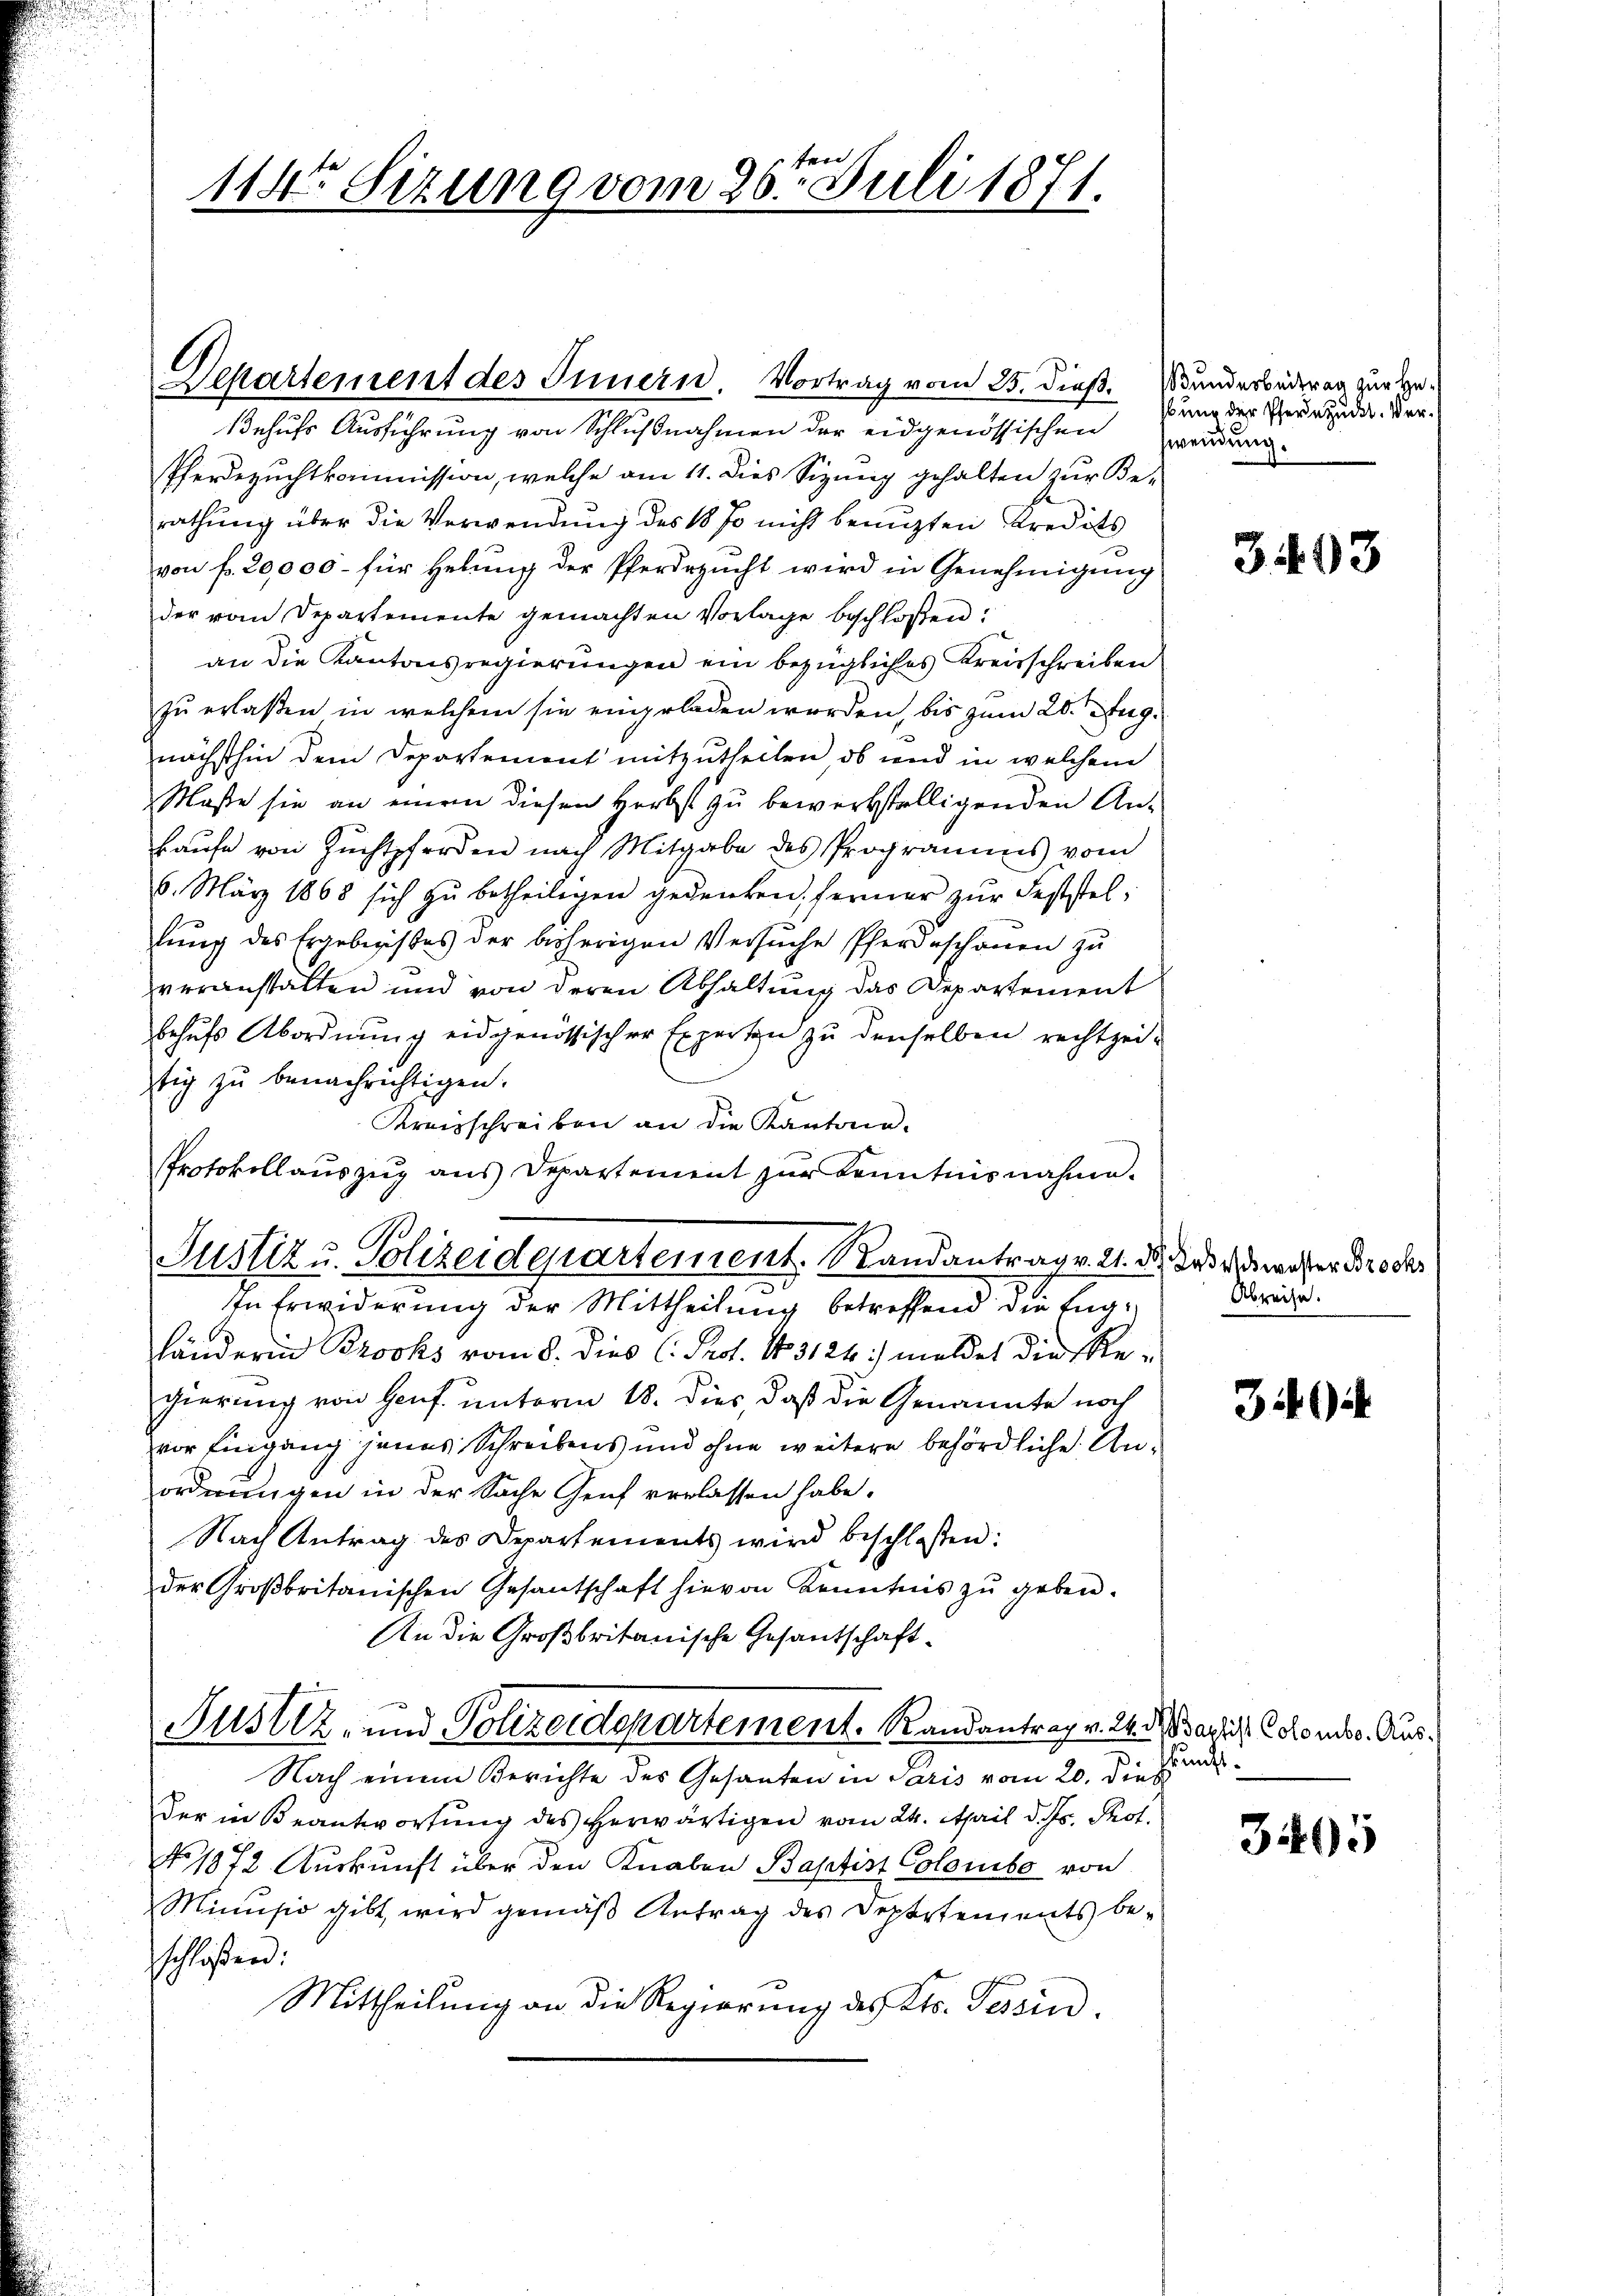
Behufs Ausführung von Schlußnahmen der eidgenössischen wären
Pferdezuchtkommission, welche am 11. dies Sizung gehalten zur Be-
2
rathung über die Verwendung des 18 so nicht benuzten Kredits
von fr. 20,000 - für Hebung der Pferdezucht wird in Genehmigung
der vom Departemente gemachten Vorlage beschlossen:
an die Kantonsregierungen ein bezügliches Kreisschreiben
zu erlaßen in welchem sie eingeladen worden, bis zum 20. Aug.
nächsthin dem Departement mitzutheilen, ob und in welchem
Maße sie an einem diesen Herbst zu bewerkstelligenden An-
kaŭfe von Zŭchtpferden nach Mitgabe des Programms vom
6. März 1868 sich zŭ betheiligen gedenken, ferner zŭr Feststellung des Ergebnisses der bisherigen Versuche Pferdeschönen zu
veranstalten und von deren Abhaltung das Departement
behufs Abordnung eidgenössischer Experten zu denselben rechtzeitig zu benachrichtigen.
Kreisschreiben an die Kantona¬
Protokollauszug aus Departement zŭr Kenntnisnahme.
Justiz u. Polizeidepartement. Randantrag v. 2. d. das verwieser Broder
In Erwiderung der Mittheilung betreffend die Engländerin Brocks vom 8. dies C. Prot. N. 3124:/ meldet die Regierung von Genf unterm 18. Dies, daß die Genannte noch
vor Eingang jenes Schreibens und ohne weitere behördliche Unordnungen in der Sache Genf verlassen habe.
Nach Antrag des Departements wird beschloßen:
der Großbritanischen Gesantschaft hievon Kenntnis zu geben.
An die Großbritanische Gesandschaft¬
Nustiz- und Polizeidepartement. Randantrag v. 24. d. Basis donats Aus¬
Nach einem Berichte des Gesanten in Paris vom 20. dieß
Der in Beantwortung des Herwärtigen vom 24. April d. Js. Prot.
No. 1872 Auskunft über den Knaben Baptist Colombe von
Minusio gibt, wird gemäß Antrag des Departements beschloßen:
Mittheilung an die Regierŭng des Kts. Tessin,

Departement des Innern. Vortrag vom 25. dieß.

114 Sizung vom 26ten Juli 1871.

Wunderbeitrag zur He
sung der Pferdezuckt. Ver¬

3493

Abreise.

3

3405

kunft.